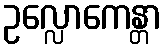
ဥလ္လောကေန္တာ